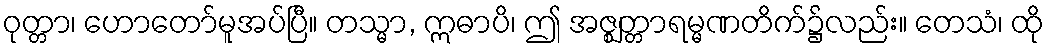
ဝုတ္တာ၊ ဟောတော်မူအပ်ပြီ။ တသ္မာ, ဣဓာပိ၊ ဤ အဇ္ဈတ္တာရမ္မဏတိက်၌လည်း။ တေသံ၊ ထို